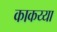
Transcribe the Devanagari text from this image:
काकय्या